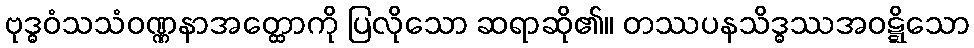
ဗုဒ္ဓဝံသသံဝဏ္ဏနာအတ္ထောကို ပြလိုသော ဆရာဆို၏။ တဿပနသိဒ္ဓဿအဝဋ္ဋိသော